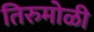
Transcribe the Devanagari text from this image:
तिरुमोळी